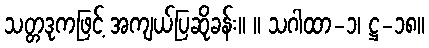
သတ္တဒုကဖြင့် အကျယ်ပြဆိုခန်း။ ။ သဂါထာ-၁၊ ဋ္ဌ-၁၈။